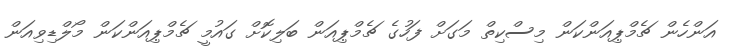
އަންހެން ޗެމްޕިއަންކަން މިސްކިތް މަގަށް ފަހުގެ ޗެމްޕިއަން ބަލިކޮށް ގައުމީ ޗެމްޕިއަންކަން މޯލްޑިވިއަން